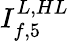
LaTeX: I_{f,5}^{L,HL}